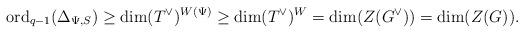
LaTeX: \begin{align*}\mathrm{ord}_{q-1}(\Delta_{\Psi,S}) \geq \dim (T^\vee)^{W(\Psi)} \geq \dim(T^\vee)^W = \dim(Z(G^\vee))=\dim(Z(G)). \end{align*}